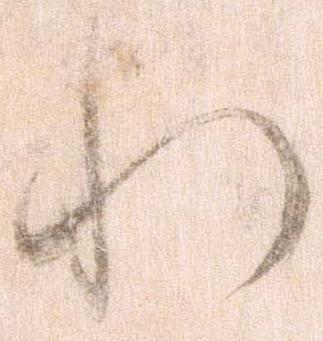
れ